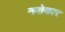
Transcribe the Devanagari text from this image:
नमोकार